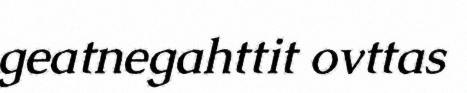
geatnegahttit ovttas